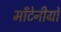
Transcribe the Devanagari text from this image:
माँटेनीग्रो